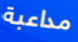
مداعبة